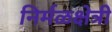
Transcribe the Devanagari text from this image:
निर्मळक्षेत्री